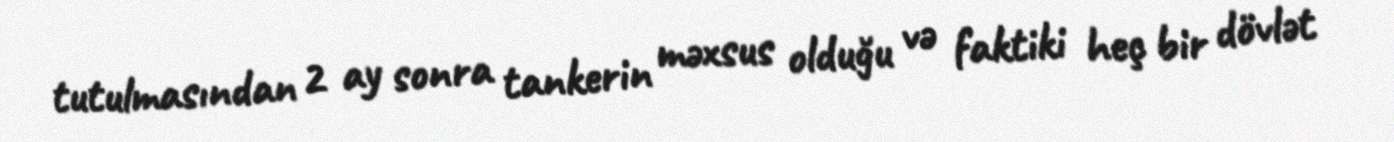
tutulmasından 2 ay sonra tankerin məxsus olduğu və faktiki heç bir dövlət